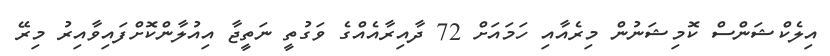
އިލެކްޝަންސް ކޮމިޝަނުން މިިރެއާއި ހަމައަށް 72 ދާއިރާއެއްގެ ވަގުތީ ނަތީޖާ އިއުލާންކޮށްފައިވާއިރު މިރޭ